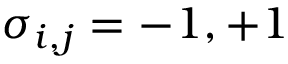
\sigma _ { i , j } = - 1 , + 1